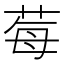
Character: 莓